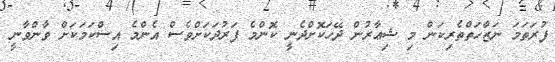
ފުރަތަމަ ނަޒާހަތްތެރިކަން މި ޝިޢާރުން ދޭހަކޮށްދެނީ ކޮންމެ ފަރުދަކަށްވެސް އެންމެ އިސްކަމަކަށް ވާންވާނީ